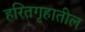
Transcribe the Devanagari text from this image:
हरितगृहातील